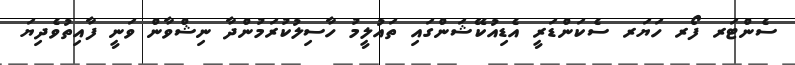
ސެންޓަރ ފޯރ ހަޔަރ ސެކަންޑަރީ އެޑިއުކޭޝަންގައި ތައުލީމު ހާސިލުކުރަމުންދާ ނިޝްވާން ވަނީ ފާއިތުވެދިޔަ